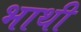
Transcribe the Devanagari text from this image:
भाथी